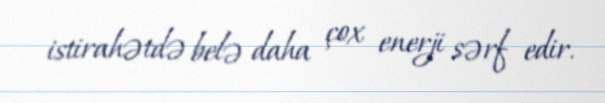
istirahətdə belə daha çox enerji sərf edir.